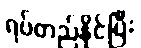
ရပ်တည်နိုင်ပြီး